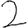
Digit: 2